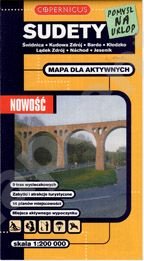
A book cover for Poland Sudety East (Sudetenland) 1:200,000 Travel Map COPERNICUS; PPWK Poland; Travel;